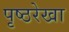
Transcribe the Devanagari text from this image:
पृष्ठरेखा